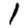
Digit: 1